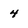
Character: 4